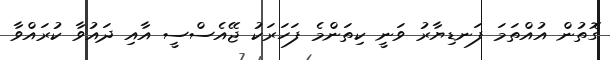
ގޮތުން އުއްތަމަ ފަނޑިޔާރު ވަނީ ކިތަންމެ ފަހަރަކު ޖޭއެސްސީ އާއި ދައުވާ ކުރައްވާ